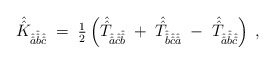
\begin{align*}\hat{\hat{K}}_{\hat{\hat{a}}\hat{\hat{b}}\hat{\hat{c}}} \;=\; {\textstyle\frac{1}{2}}\left(\hat{\hat{T}}_{\hat{\hat{a}}\hat{\hat{c}}\hat{\hat{b}}} \; +\; \hat{\hat{T}}_{\hat{\hat{b}}\hat{\hat{c}}\hat{\hat{a}}} \; -\; \hat{\hat{T}}_{\hat{\hat{a}}\hat{\hat{b}}\hat{\hat{c}}} \right) \; , \end{align*}